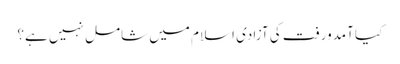
کیا آمدورفت کی آزادی اسلام میں شامل نہیں ہے؟